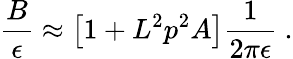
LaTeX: {\frac{B}{\epsilon}}\approx\left[1+L^{2}p^{2}A\right]{\frac{1}{2\pi\epsilon}}~.